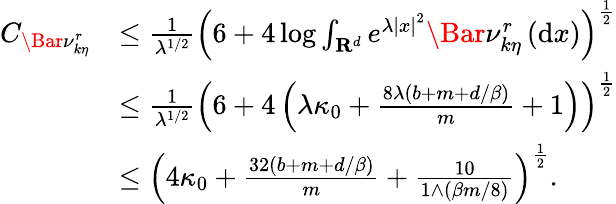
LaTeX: \begin{array}{rl}{C_{\Bar{\nu}_{k\eta}^{r}}}&{\le\frac{1}{\lambda^{1/2}}\left(6+4\log\int_{\mathbf{R}^{d}}e^{\lambda\left|x\right|^{2}}\Bar{\nu}_{k\eta}^{r}\left(\mathrm{d}x\right)\right)^{\frac{1}{2}}}\\ &{\le\frac{1}{\lambda^{1/2}}\left(6+4\left(\lambda\kappa_{0}+\frac{8\lambda(b+m+d/\beta)}{m}+1\right)\right)^{\frac{1}{2}}}\\ &{\le\left(4\kappa_{0}+\frac{32(b+m+d/\beta)}{m}+\frac{10}{1\wedge(\beta m/8)}\right)^{\frac{1}{2}}.}\end{array}